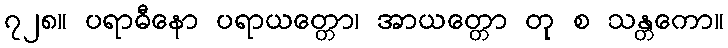
၇၂၈။ ပရာဓီနော ပရာယတ္တော၊ အာယတ္တော တု စ သန္တကော။